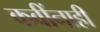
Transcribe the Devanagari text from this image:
कवींनाही